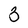
Character: 3